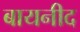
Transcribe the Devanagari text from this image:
बायनीद